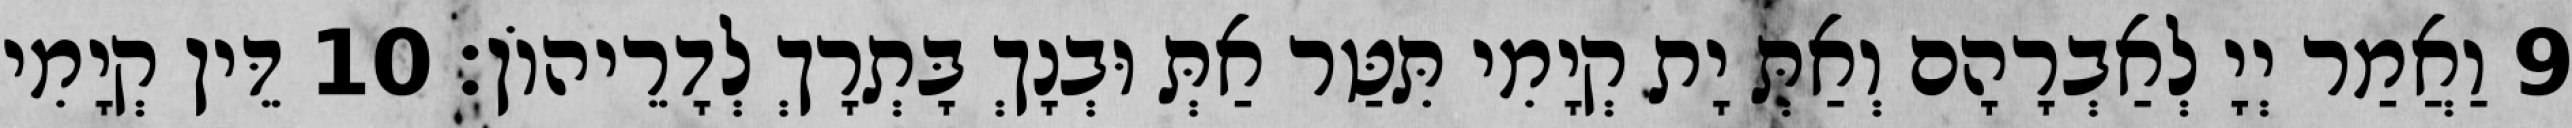
9 וַאֲמַר יְיָ לְאַבְרָהָם וְאַתְּ יָת קְיָמִי תִּטַּר אַתְּ וּבְנָךְ בָּתְרָךְ לְדָרֵיהוֹן׃ 10 דֵּין קְיָמִי